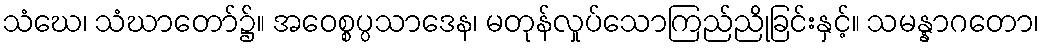
သံဃေ၊ သံဃာတော်၌။ အဝေစ္စပ္ပသာဒေန၊ မတုန်လှုပ်သောကြည်ညိုခြင်းနှင့်။ သမန္နာဂတော၊